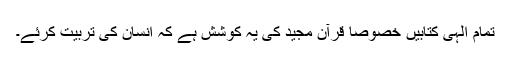
تمام الٰہی کتابیں خصوصًا قرآن مجید کی یہ کوشش ہے کہ انسان کی تربیّت کرئے۔